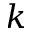
k